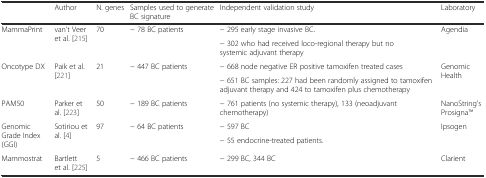
|  | Author | N. genes | Samples used to generate BC signature | Independent validation study | Laboratory |
 | --- | --- | --- | --- | --- | --- |
 | <ROWSPAN=2> MammaPrint | <ROWSPAN=2> van't Veer et al. [215] | <ROWSPAN=2> 70 | <ROWSPAN=2> − 78 BC patients | − 295 early stage invasive BC. | <ROWSPAN=2> Agendia |
 | − 302 who had received loco-regional therapy but no systemic adjuvant therapy |
 | <ROWSPAN=2> Oncotype DX | <ROWSPAN=2> Paik et al. [221] | <ROWSPAN=2> 21 | <ROWSPAN=2> − 447 BC patients | − 668 node negative ER positive tamoxifen treated cases | <ROWSPAN=2> Genomic Health |
 | − 651 BC samples: 227 had been randomly assigned to tamoxifen adjuvant therapy and 424 to tamoxifen plus chemotherapy |
 | PAM50 | Parker et al. [223] | 50 | − 189 BC patients | − 761 patients (no systemic therapy), 133 (neoadjuvant chemotherapy) | NanoString’s ProsignaTM |
 | <ROWSPAN=2> Genomic Grade Index (GGI) | <ROWSPAN=2> Sotiriou et al. [4] | <ROWSPAN=2> 97 | <ROWSPAN=2> − 64 BC patients | − 597 BC | <ROWSPAN=2> Ipsogen |
 | − 55 endocrine-treated patients. |
 | Mammostrat | Bartlett et al. [225] | 5 | − 466 BC patients | − 299 BC, 344 BC | Clarient |